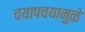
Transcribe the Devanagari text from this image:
चयापचयामुळे